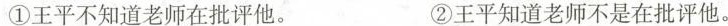
①王平不知道老师在批评他。 ②王平知道老师不是在批评他。